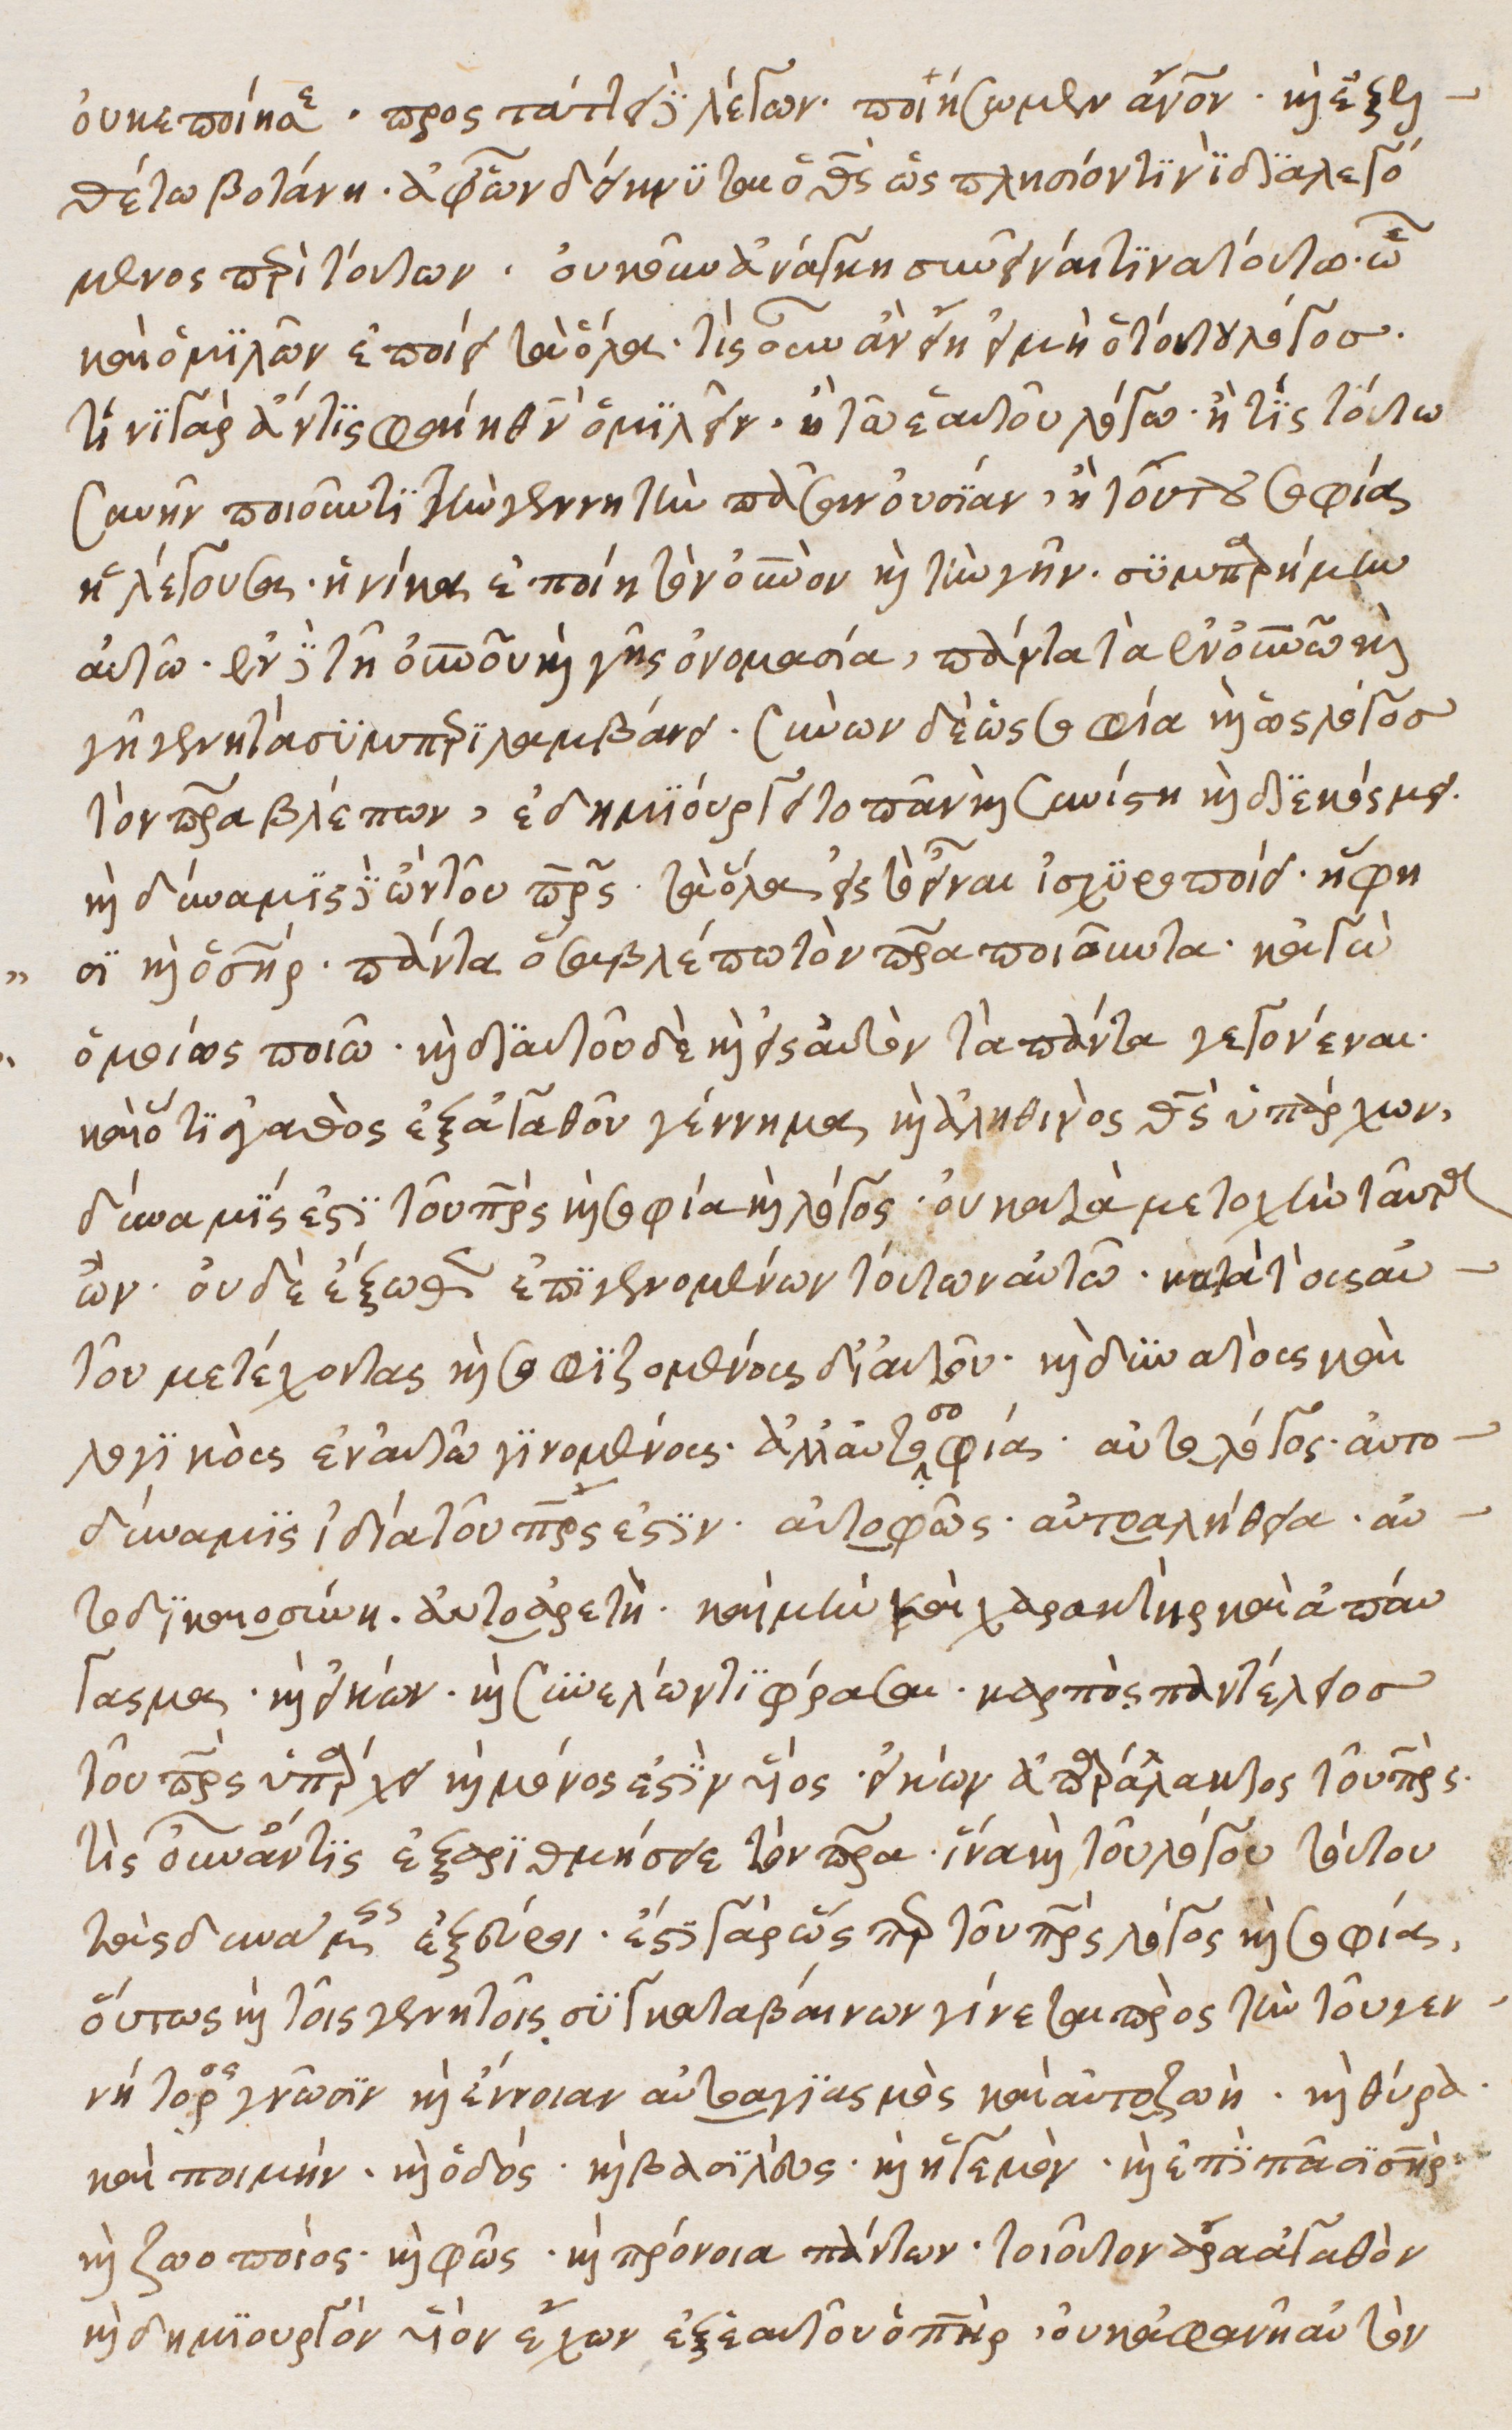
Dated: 1540–1560